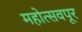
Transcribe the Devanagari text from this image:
महोत्सवपूर